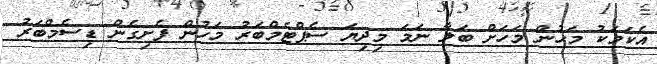
އެކަމަކު މަހުން މަހަށް ބަލާ ނަމަ މިދިޔަ ސެޕްޓެމްބަރު މަހުން ފެށިގެން ޑިސެމްބަރު